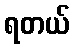
ရတယ်